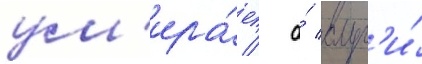
ум'ира́ет / а́ слуг'и́